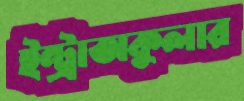
ইন্ট্রাঅকুলার